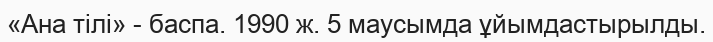
«Ана тілі» - баспа. 1990 ж. 5 маусымда ұйымдастырылды.